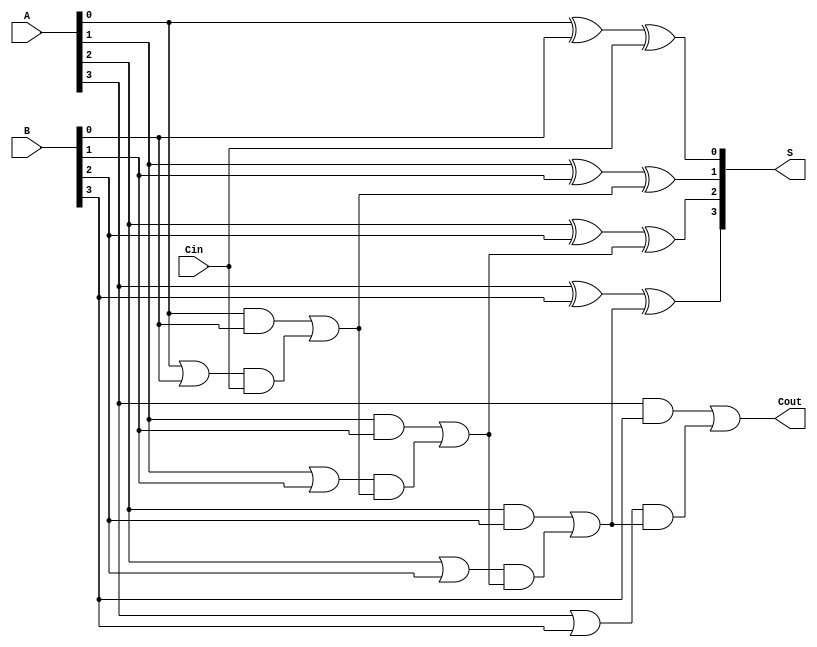
module RCLA #(parameter n = 4) (
    input [n-1:0] A,   // n-bit input A
    input [n-1:0] B,   // n-bit input B
    input Cin,         // Carry input
    output [n-1:0] S,  // n-bit sum output
    output Cout        // Carry output
);

// Generate and propagate signals
wire [n-1:0] G; // Generate
wire [n-1:0] P; // Propagate
wire [n:0] C;   // Carry chain

// Generate and propagate logic
genvar i;
generate
    for (i = 0; i < n; i = i + 1) begin : carry_logic
        assign G[i] = A[i] & B[i];      // Generate Gi = Ai AND Bi
        assign P[i] = A[i] | B[i];      // Propagate Pi = Ai OR Bi
    end
endgenerate

// Carry calculation
assign C[0] = Cin; // C0 is the input carry
generate
    for (i = 0; i < n; i = i + 1) begin : carry_calculation
        assign C[i+1] = G[i] | (P[i] & C[i]); // Compute carry
    end
endgenerate

// Sum calculation
generate
    for (i = 0; i < n; i = i + 1) begin : sum_calculation
        assign S[i] = A[i] ^ B[i] ^ C[i]; // Si = Ai XOR Bi XOR Ci
    end
endgenerate

// Carry out from the last stage
assign Cout = C[n];

endmodule